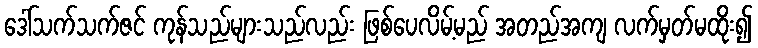
ဒေါ်သက်သက်ဇင် ကုန်သည်များသည်လည်း ဖြစ်ပေလိမ့်မည် အတည်အကျ လက်မှတ်မထိုး၍